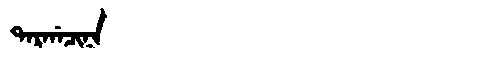
Manchu: ᡨᠠᡵᡤᠠᠴᡳᠨᠠ
Romanization: TARGACINA